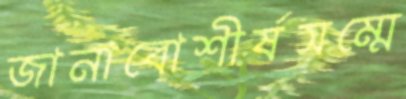
জানাবোশীর্ষসম্মে